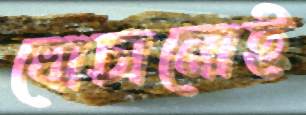
ঘোচানোই